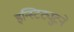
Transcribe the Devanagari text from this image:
इन्स्टिट्युटने